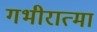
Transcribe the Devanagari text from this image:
गभीरात्मा